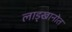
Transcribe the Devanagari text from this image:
लाड्खानोत